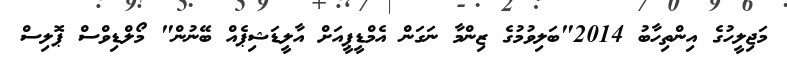
މަޖިލީހުގެ އިންތިހާބު 2014"ބަލިވުމުގެ ޒިންމާ ނަގަން އެމްޑީޕީއަށް އާލީޑަޝިޕެއް ބޭނުން" މޯލްޑިވްސް ޕޮލިސް